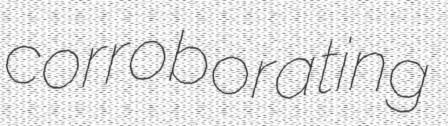
corroborating